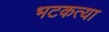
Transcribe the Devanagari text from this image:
भटकत्या